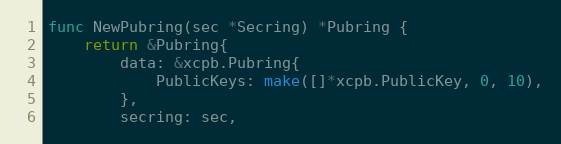
Language: Go
func NewPubring(sec *Secring) *Pubring {
	return &Pubring{
		data: &xcpb.Pubring{
			PublicKeys: make([]*xcpb.PublicKey, 0, 10),
		},
		secring: sec,